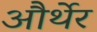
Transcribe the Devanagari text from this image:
और्थेर